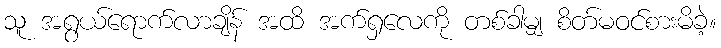
သူ အရွယ်ရောက်လာချိန် အထိ အက်ရှလေကို တစ်ခါမျှ စိတ်မဝင်စားမိခဲ့။